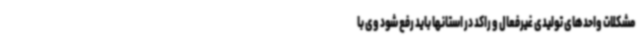
مشکلات واحدهای تولیدی غیرفعال و راکد در استانها باید رفع شود وی با